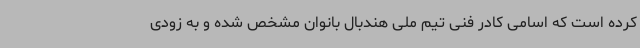
کرده است که اسامی کادر فنی تیم ملی هندبال بانوان مشخص شده و به زودی